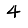
Digit: 4